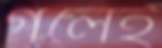
গলেই